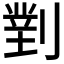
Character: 𭄈